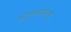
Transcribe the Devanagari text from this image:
कोलकत्याचा